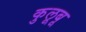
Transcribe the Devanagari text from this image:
कुलूबू